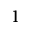
1